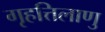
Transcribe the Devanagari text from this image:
गृहत्तिलाणु